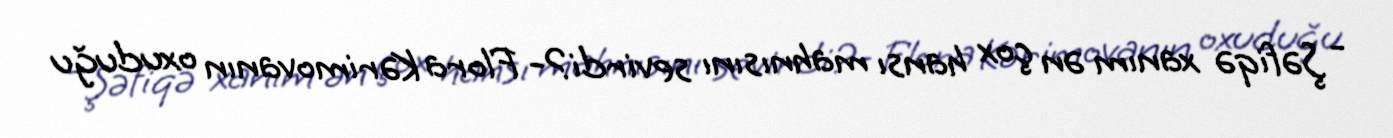
- Şəfiqə xanım ən çox hansı mahnısını sevirdi?- Flora Kərimovanın oxuduğu